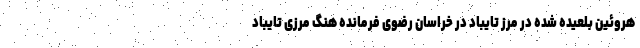
هروئین بلعیده شده در مرز تایباد در خراسان رضوی فرمانده هنگ مرزی تایباد